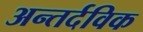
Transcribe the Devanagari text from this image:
अन्तर्दविक